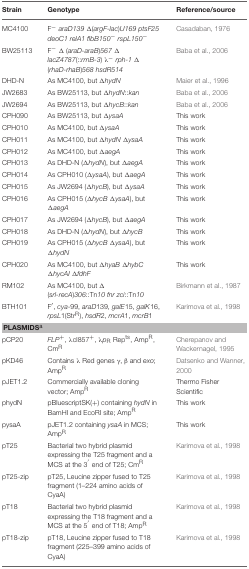
<table><thead><tr><td><b>Strain</b></td><td><b>Genotype</b></td><td><b>Reference/source</b></td></tr></thead><tbody><tr><td>MC4100</td><td>F<sup>−</sup><i>araD139</i> Δ(<i>argF-lac</i>)<i>U169 ptsF25 deoC1 relA1 flbB150<sup>−</sup> rspL150</i><sup>−</sup></td><td>Casadaban, 1976</td></tr><tr><td>BW25113</td><td>F<sup>−</sup>Δ (<i>araD-araB</i>)<i>567</i> Δ <i>lacZ4787</i>(::<i>rrnB-3</i>) λ<sup>−</sup><i>rph-1</i> Δ (<i>rhaD-rhaB</i>)<i>568 hsdR514</i></td><td>Baba et al., 2006</td></tr><tr><td>DHD-N</td><td>As MC4100, but Δ<i>hydN</i></td><td>Maier et al., 1996</td></tr><tr><td>JW2683</td><td>As BW25113, but Δ<i>hydN</i>::<i>kan</i></td><td>Baba et al., 2006</td></tr><tr><td>JW2694</td><td>As BW25113, but Δ<i>hycB</i>::<i>kan</i></td><td>Baba et al., 2006</td></tr><tr><td>CPH090</td><td>As BW25113, but Δ<i>ysaA</i></td><td>This work</td></tr><tr><td>CPH010</td><td>As MC4100, but Δ<i>ysaA</i></td><td>This work</td></tr><tr><td>CPH011</td><td>As MC4100, but Δ<i>hydN</i> Δ<i>ysaA</i></td><td>This work</td></tr><tr><td>CPH012</td><td>As MC4100, but Δ<i>aegA</i></td><td>This work</td></tr><tr><td>CPH013</td><td>As DHD-N (Δ<i>hydN</i>), but Δ<i>aegA</i></td><td>This work</td></tr><tr><td>CPH014</td><td>As CPH010 (Δ<i>ysaA</i>), but Δ<i>aegA</i></td><td>This work</td></tr><tr><td>CPH015</td><td>As JW2694 (Δ<i>hycB</i>), but Δ<i>ysaA</i></td><td>This work</td></tr><tr><td>CPH016</td><td>As CPH015 (Δ<i>hycB</i> Δ<i>ysaA</i>), but Δ<i>aegA</i></td><td>This work</td></tr><tr><td>CPH017</td><td>As JW2694 (Δ<i>hycB</i>), but Δ<i>aegA</i></td><td>This work</td></tr><tr><td>CPH018</td><td>As DHD-N (Δ<i>hydN</i>), but Δ<i>hycB</i></td><td>This work</td></tr><tr><td>CPH019</td><td>As CPH015 (Δ<i>hycB</i> Δ<i>ysaA</i>), but Δ<i>hydN</i></td><td>This work</td></tr><tr><td>CPH020</td><td>As MC4100, but Δ<i>hyaB</i> Δ<i>hybC</i> Δ<i>hycAI</i> Δ<i>fdhF</i></td><td>This work</td></tr><tr><td>RM102</td><td>As MC4100, but Δ (<i>srl-recA</i>)<i>306</i>::Tn<i>10 fnr zci</i>::Tn<i>10</i></td><td>Birkmann et al., 1987</td></tr><tr><td>BTH101</td><td>F′, <i>cya</i>-99, <i>araD</i>139, <i>galE</i>15, <i>galK</i>16, <i>rpsL</i>1(Str<sup>R</sup>), <i>hsdR</i>2, <i>mcrA</i>1, <i>mcrB</i>1</td><td>Karimova et al., 1998</td></tr><tr><td colspan="3"><b>PLASMIDS</b><sup>a</sup></td></tr><tr><td>pCP20</td><td><i>FLP</i><sup>+</sup>, λcl857<sup>+</sup>, λ<i>p</i><sub>R</sub> Rep<sup>ts</sup>, Amp<sup>R</sup>, Cm<sup>R</sup></td><td>Cherepanov and Wackernagel, 1995</td></tr><tr><td>pKD46</td><td>Contains λ Red genes γ, β and <i>exo</i>; Amp<sup>R</sup></td><td>Datsenko and Wanner, 2000</td></tr><tr><td>pJET1.2</td><td>Commercially available cloning vector; Amp<sup>R</sup></td><td>Thermo Fisher Scientific</td></tr><tr><td>phydN</td><td>pBluescriptSK(+) containing <i>hydN</i> in BamHI and EcoRI site; Amp<sup>R</sup></td><td>This work</td></tr><tr><td>pysaA</td><td>pJET1.2 containing <i>ysaA</i> in MCS; Amp<sup>R</sup></td><td>This work</td></tr><tr><td>pT25</td><td>Bacterial two hybrid plasmid expressing the T25 fragment and a MCS at the 3′ end of T25; Cm<sup>R</sup></td><td>Karimova et al., 1998</td></tr><tr><td>pT25-zip</td><td>pT25, Leucine zipper fused to T25 fragment (1–224 amino acids of CyaA)</td><td>Karimova et al., 1998</td></tr><tr><td>pT18</td><td>Bacterial two hybrid plasmid expressing the T18 fragment and a MCS at the 5′ end of T18; Amp<sup>R</sup></td><td>Karimova et al., 1998</td></tr><tr><td>pT18-zip</td><td>pT18, Leucine zipper fused to T18 fragment (225–399 amino acids of CyaA)</td><td>Karimova et al., 1998</td></tr></tbody></table>